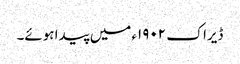
ڈیراک ١٩٠٢ء میں پیدا ہوئے۔